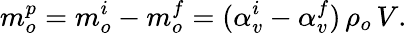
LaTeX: m_{o}^{p}=m_{o}^{i}-m_{o}^{f}=(\alpha_{v}^{i}-\alpha_{v}^{f})\, \rho_{o}\, V.